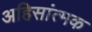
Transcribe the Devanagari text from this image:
अहिसांत्मक